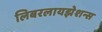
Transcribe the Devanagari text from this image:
लिबरलायझेशन्स